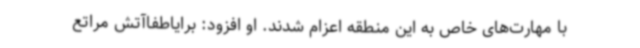
با مهارت‌های خاص به این منطقه اعزام شدند. او افزود: برایاطفاآتش مراتع